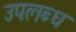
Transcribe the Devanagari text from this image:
उपल्‍ाब्‍ध